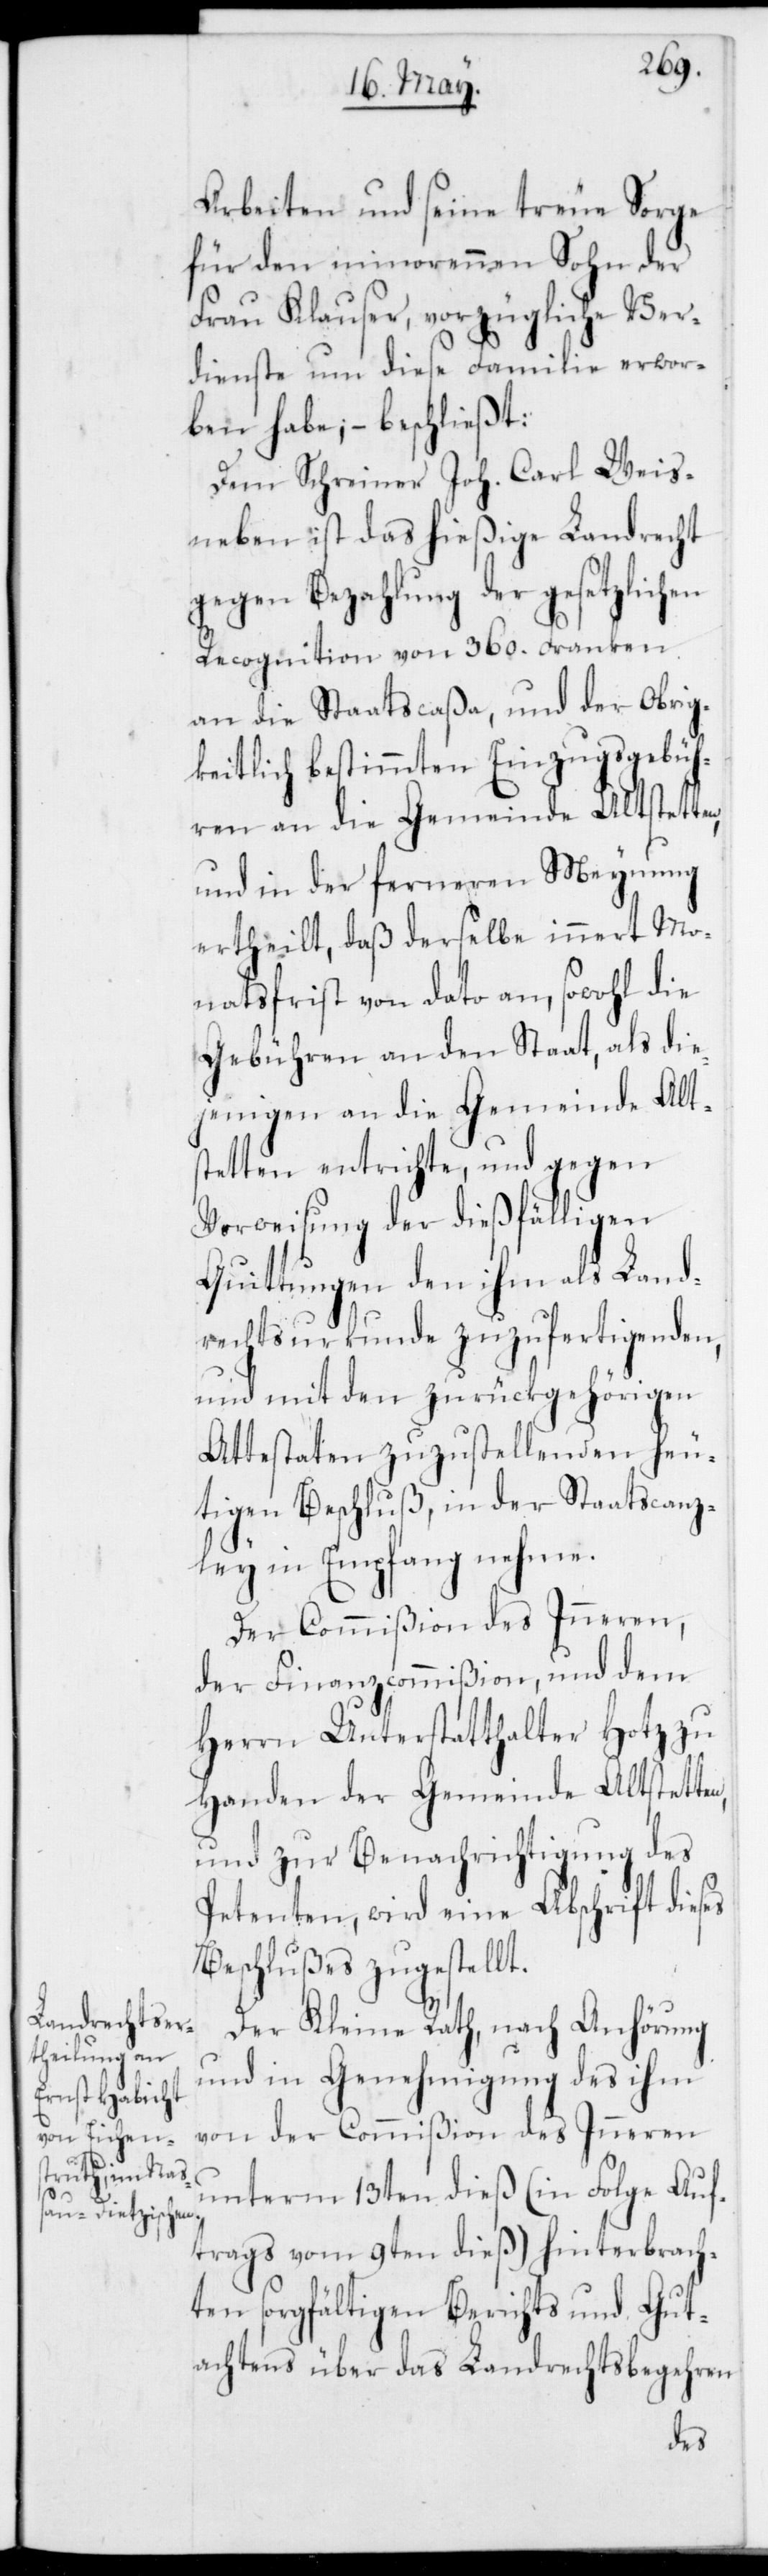
Arbeiten und seine treue Sorge
für den minorennen Sohn der
Frau Klauser, vorzügliche Ver¬
dienste um diese Familie erwor¬
ben habe; – beschließt:
Dem Schreiner Joh. Carl Weis¬
neben ist das hießige Landrecht
gegen Bezahlung der gesetzlichen
Recognition von 360. Franken
an die Staatscaßa, und der Obrig¬
keitlich bestimmten Einzugsgebüh¬
ren an die Gemeinde Altstetten,
und in der ferneren Meynung
ertheilt, daß derselbe innert Mo¬
natsfrist von dato an, sowohl die
Gebühren an den Staat, als die¬
jenigen an die Gemeinde Alt¬
stetten entrichte, und gegen
Vorweisung der dießfälligen
Quittungen den ihm als Land¬
rechtsurkunde zuzufertigenden,
und mit den zurückgehörigen
Attestaten zuzustellenden heu¬
tigen Beschluß, in der Staatscanz¬
ley in Empfang nehme.
Der Commißion des Inneren,
der Finanzcommißion, und dem
Herrn Unterstatthalter Hotz zu
Handen der Gemeinde Altstett¬
und zur Benachrichtigung des
Petenten, wird eine Abschrift dieses
Beschlußes zugestellt.
Der Kleine Rath, nach Anhörung
und in Genehmigung des ihm
von der Commißion des Inneren
unterm 13ten dieß (in Folge Auf¬
trags vom 9ten dieß) hinterbrach¬
ten sorgfältigen Berichts und Gut¬
achtens über das Landrechtsbegehren
en,